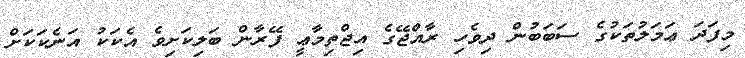
މިފަދަ ޢަމަލުތަކުގެ ސަބަބުން ދިވެހި ރާއްޖޭގެ އިޖްތިމާޢީ ފޭރާން ބަލިކަށިވެ އެކަކު އަނެކަކަށް